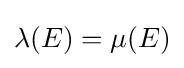
\lambda (E)=\mu (E)